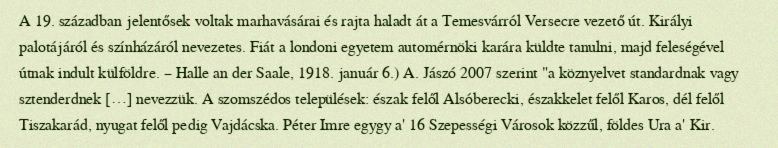
A 19. században jelentősek voltak marhavásárai és rajta haladt át a Temesvárról Versecre vezető út. Királyi palotájáról és színházáról nevezetes. Fiát a londoni egyetem automérnöki karára küldte tanulni, majd feleségével útnak indult külföldre. – Halle an der Saale, 1918. január 6.) A. Jászó 2007 szerint "a köznyelvet standardnak vagy sztenderdnek […] nevezzük. A szomszédos települések: észak felől Alsóberecki, északkelet felől Karos, dél felől Tiszakarád, nyugat felől pedig Vajdácska. Péter Imre egygy a' 16 Szepességi Városok közzűl, földes Ura a' Kir.